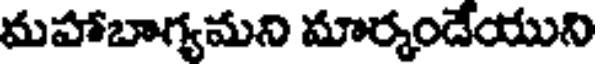
మహాబాగ్యమని మార్మండేయుని